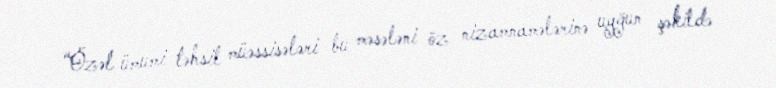
“Özəl ümumi təhsil müəssisələri bu məsələni öz nizamnamələrinə uyğun şəkildə